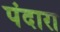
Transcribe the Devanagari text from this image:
पंदारा